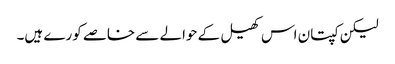
لیکن کپتان اس کھیل کے حوالے سے خاصے کورے ہیں۔